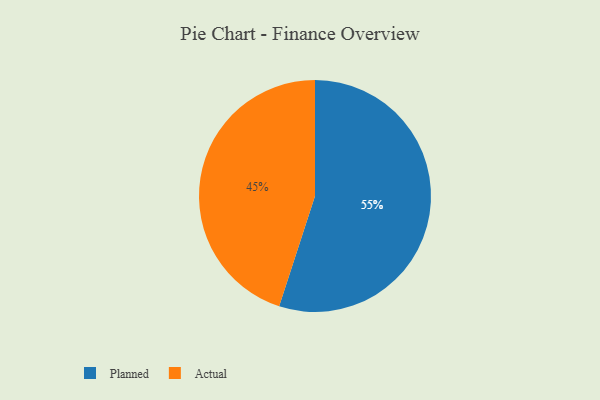
{"axis": {"x": "Category", "y": "Percentage"}, "legend": ["Actual", "Planned"], "data": [{"x": "Actual", "y": 45, "type": "Actual"}, {"x": "Planned", "y": 55, "type": "Planned"}]}